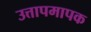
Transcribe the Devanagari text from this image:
उत्तापमापक